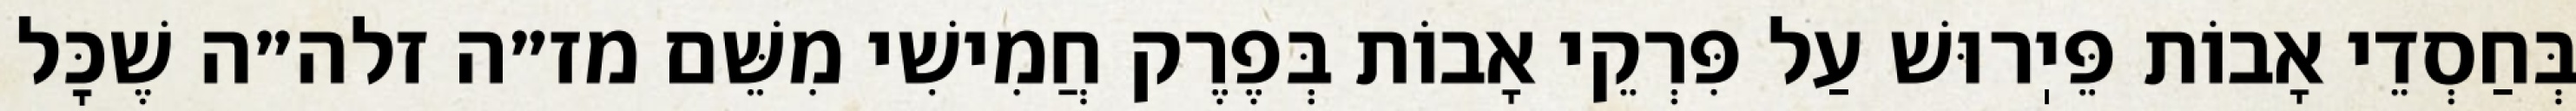
בְּחַסְדֵי אָבוֹת פֵּיֽרוּשׁ עַל פִּרְקֵי אָבוֹת בְּפֶרֶק חֲמִישִׁי מִשֵּׁם מז״ה זלה״ה שֶׁכׇּל